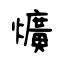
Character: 爌